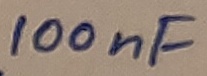
Text: 100nF